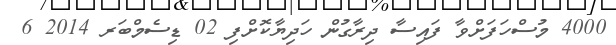
4000 މުސްހަފަށްވާ ފައިސާ ދިރާގުން ހަދިޔާކޮށްފި 02 ޑިސެމްބަރ 2014 6